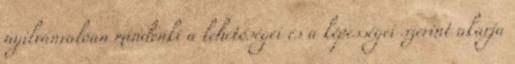
nyilvánvalóan mindenki a lehetőségei és a képességei szerint akarja